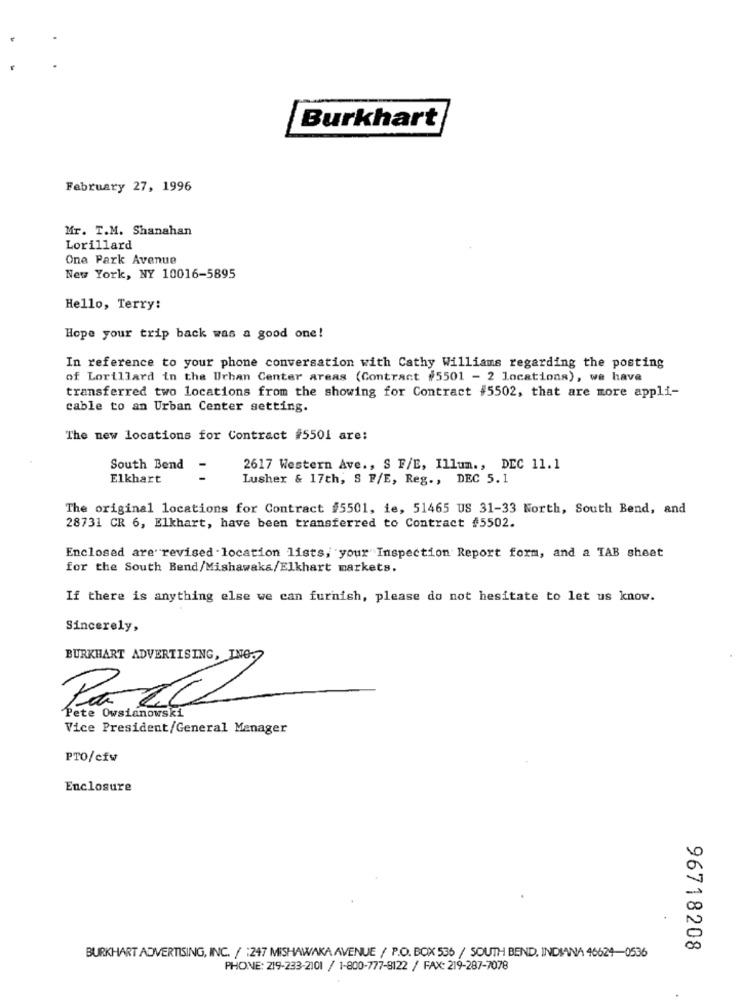
Burkhart
February 27, 1996
Mr. T.M. Shanahan
Lorillard
One Park Avenue
New York, NY 10016-5895
Hello, Terry:
Hope your trip back was a good one!
In reference to your phone conversation with Cathy Williams regarding the posting
of Lorillard in the Urban Center areas (Contract #5501 - 2 locations), we have
transferred two locations from the showing for Contract #5502, that are more appli-
cable to an Urban Center setting.
The new locations for Contract #5501 are:
South Bend
-
2617 Western Ave ., S F/E, Illum ., DEC 11.1
Elkhart
Lusher & 17th, S F/E, Reg ., DEC 5.1
The original locations for Contract #5501, ie, 51465 US 31-33 North, South Bend, and
28731 CR 6, Elkhart, have been transferred to Contract #5502.
Enclosed are revised location lists, your Inspection Report form, and a TAB sheet
for the South Bend/Mishawaka/Elkhart markets.
If there is anything else we can furnish, please do not hesitate to let us know.
Sincerely,
BURKHART ADVERTISING, INO.
Pete Owsianowski
Vice President/General Manager
PTO/cíw
Enclosure
96718208
BURKHART ADVERTISING, INC. / :247 MISHAWAKA AVENUE / P.O. BOX 536 / SOUTH BEND, INDIANA 46624-0536
PHONE: 219-233-2101 / 1-800-777-8122 / FAX: 219-287-7078